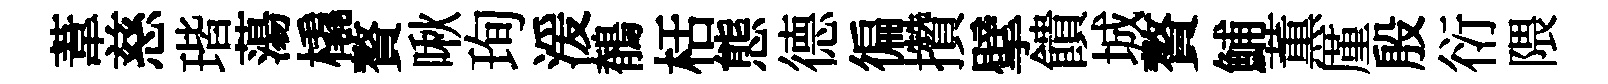
葦慈瑎蕩橇贅啾珣湲鶺栝態德徧攢擘饋城贅鯆薫厪殷衍隈